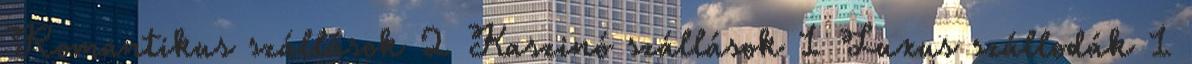
Romantikus szállások 2 Kaszinó szállások 1 Luxus szállodák 1